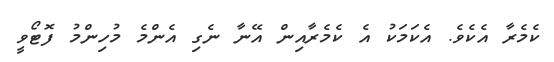
ކެމެރާ އެކެވެ. އެކަމަކު އެ ކެމެރާއިން އޭނާ ނެގި އެންމެ މުހިންމު ފޮޓޯވީ